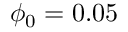
\phi _ { 0 } = 0 . 0 5